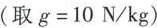
(取g=10N/kg)